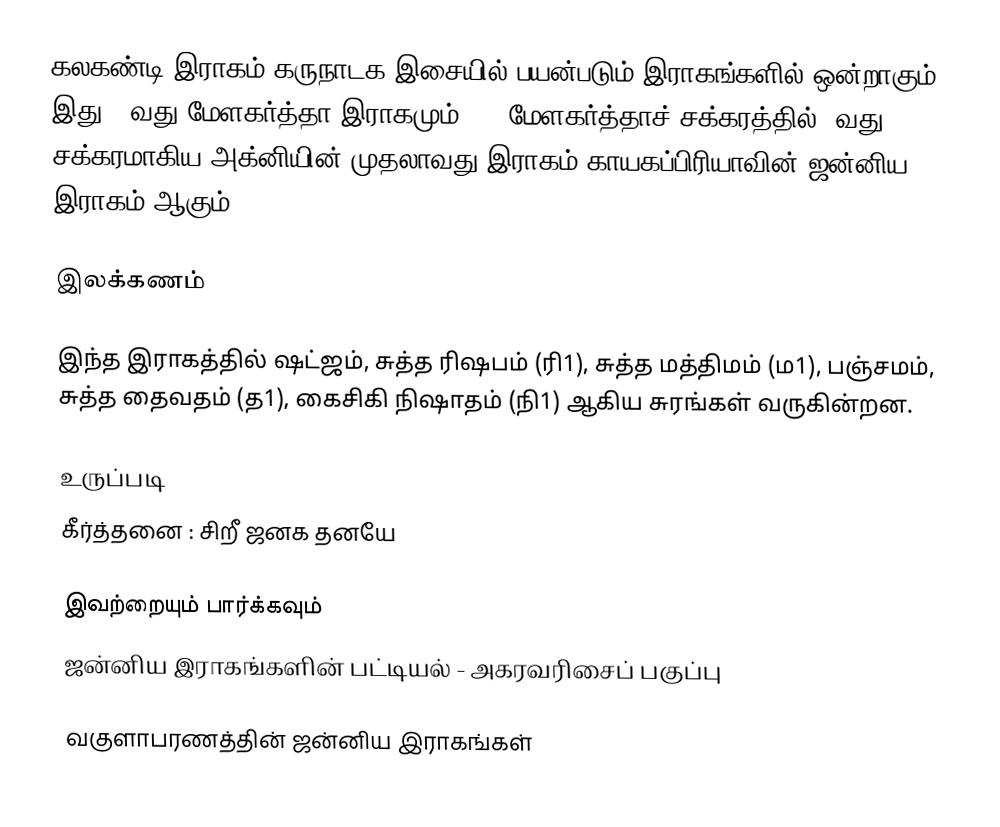
கலகண்டி இராகம் கருநாடக இசையில் பயன்படும் இராகங்களில் ஒன்றாகும். இது 13வது மேளகர்த்தா இராகமும், 72 மேளகர்த்தாச் சக்கரத்தில் 3வது சக்கரமாகிய அக்னியின் முதலாவது இராகம் காயகப்பிரியாவின் ஜன்னிய இராகம் ஆகும்.

இலக்கணம்

இந்த இராகத்தில் ஷட்ஜம், சுத்த ரிஷபம் (ரி1), சுத்த மத்திமம் (ம1), பஞ்சமம், சுத்த தைவதம் (த1), கைசிகி நிஷாதம்  (நி1) ஆகிய சுரங்கள் வருகின்றன.

உருப்படி
 கீர்த்தனை : சிறீ ஜனக தனயே

இவற்றையும் பார்க்கவும்
 ஜன்னிய இராகங்களின் பட்டியல் - அகரவரிசைப் பகுப்பு

வகுளாபரணத்தின் ஜன்னிய இராகங்கள்